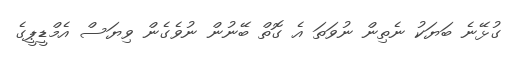
ގުޅޭނެ ބަޔަކު ނެތިން ނުވަތަ އެ ގޮތް ބޭނުން ނުވެގެން ވިޔަސް އެމްޑީޕީގެ